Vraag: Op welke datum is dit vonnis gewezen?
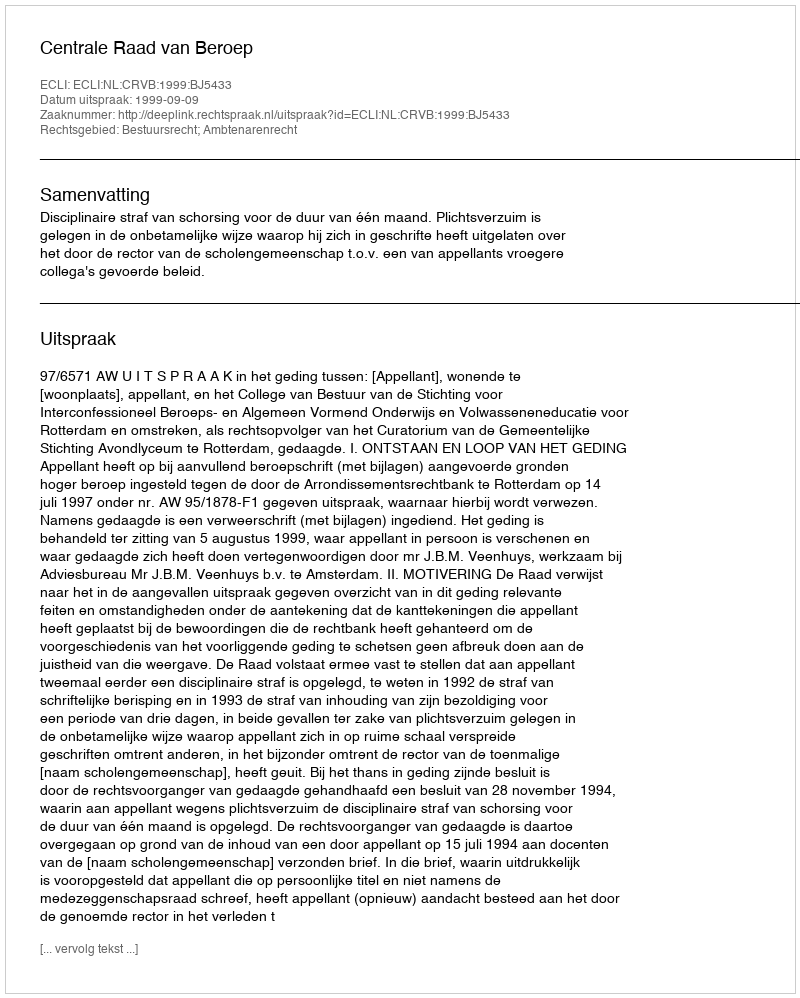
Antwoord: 1999-09-09